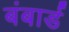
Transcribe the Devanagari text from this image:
बंबार्ड